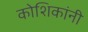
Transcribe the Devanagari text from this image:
कोशिकांनी